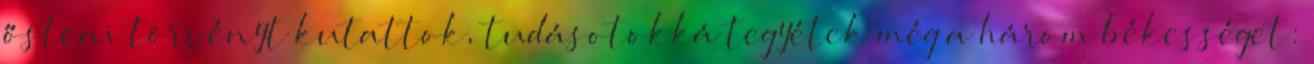
ősteni törvényt kutattok, tudásotokká tegyétek még a három békességet: